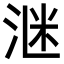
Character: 𪶈